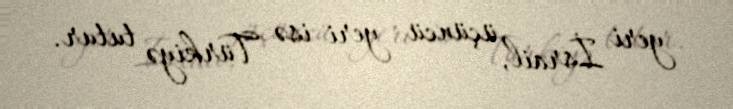
yeri İsrail, üçüncü yeri isə Türkiyə tutur.